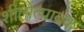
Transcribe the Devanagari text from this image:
शीतोत्पादक